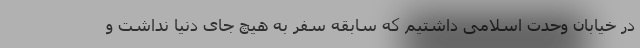
در خیابان وحدت اسلامی داشتیم که سابقه سفر به هیچ جای دنیا نداشت و